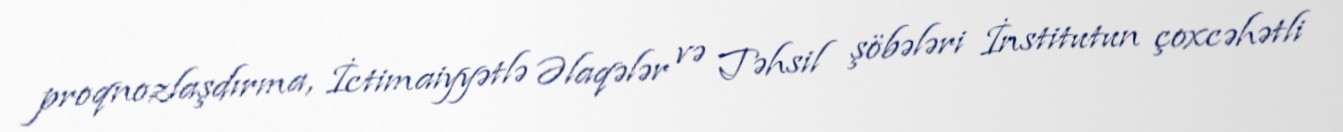
proqnozlaşdırma, İctimaiyyətlə Əlaqələr və Təhsil şöbələri İnstitutun çoxcəhətli